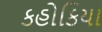
કહોકિયા